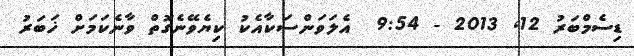
ޑިސެމްބަރު 12